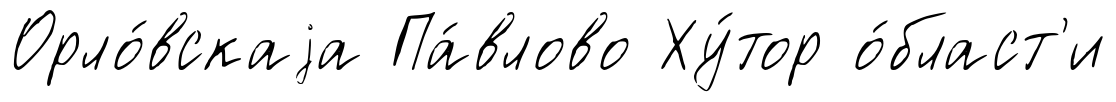
Орло́вскаjа Па́влово Ху́тор о́бласт'и